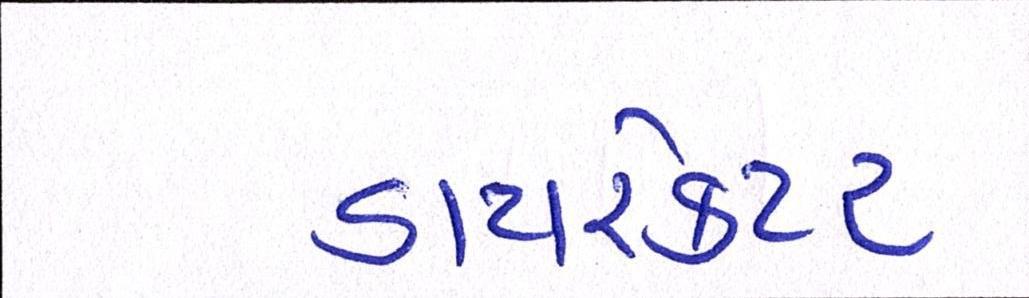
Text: ડાયરેકટર